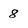
Character: 8